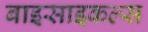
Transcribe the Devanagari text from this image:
बाइसाइकल्स